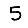
Digit: 5